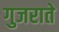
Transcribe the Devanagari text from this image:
गुजराते